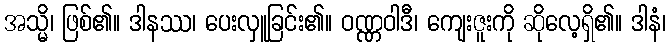
အသ္မိ၊ ဖြစ်၏။ ဒါနဿ၊ ပေးလှူခြင်း၏။ ဝဏ္ဏဝါဒီ၊ ကျေးဇူးကို ဆိုလေ့ရှိ၏။ ဒါနံ၊